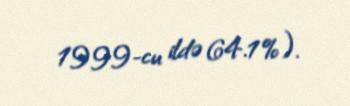
1999-cu ildə 64.1%).